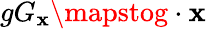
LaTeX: gG_{\mathbf{x}}\mapstog\cdot\mathbf{x}